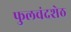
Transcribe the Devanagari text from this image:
फुलचंदशेठ